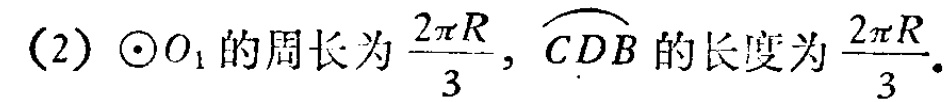
(2) $\odot O_{1}$的周长为$\frac{2\pi R}{3}$, $\overset{\frown}{CDB}$的长度为$\frac{2\pi R}{3}$.